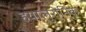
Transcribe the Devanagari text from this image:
हयालुरोनिक